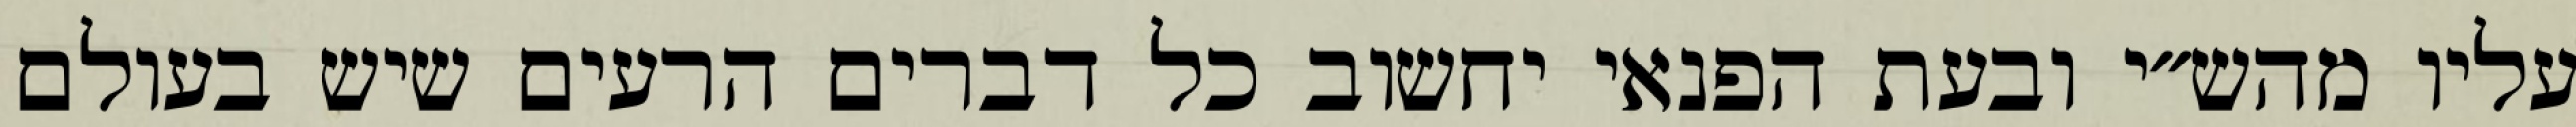
עליו מהש״י ובעת הפנאי יחשוב כל דברים הרעים שיש בעולם